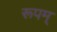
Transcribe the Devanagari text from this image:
रूपम्